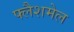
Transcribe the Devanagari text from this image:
फ्लैशमेल